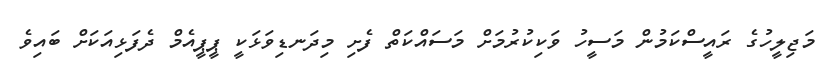
މަޖިލީހުގެ ރައީސްކަމުން މަސީހު ވަކިކުރުމަށް މަސައްކަތް ފެށި މިދަނޑިވަޅަކީ ޕީޕީއެމް ދެފަޅިއަކަށް ބައިވެ